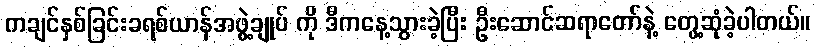
ကချင်နှစ်ခြင်းခရစ်ယာန်အဖွဲ့ချုပ် ကို ဒီကနေ့သွားခဲ့ပြီး ဦးဆောင်ဆရာတော်နဲ့ တွေ့ဆုံခဲ့ပါတယ်။